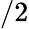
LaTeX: /2